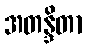
အတန္ဒိတာ